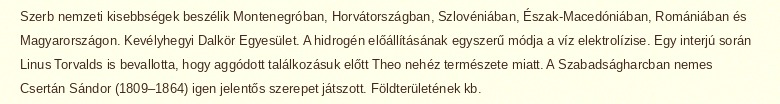
Szerb nemzeti kisebbségek beszélik Montenegróban, Horvátországban, Szlovéniában, Észak-Macedóniában, Romániában és Magyarországon. Kevélyhegyi Dalkör Egyesület. A hidrogén előállításának egyszerű módja a víz elektrolízise. Egy interjú során Linus Torvalds is bevallotta, hogy aggódott találkozásuk előtt Theo nehéz természete miatt. A Szabadságharcban nemes Csertán Sándor (1809–1864) igen jelentős szerepet játszott. Földterületének kb.